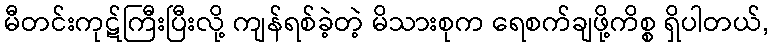
မီတင်းကုဋ်ကြီးပြီးလို့ ကျန်ရစ်ခဲ့တဲ့ မိသားစုက ရေစက်ချဖို့ကိစ္စ ရှိပါတယ်,